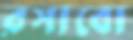
রসাবো